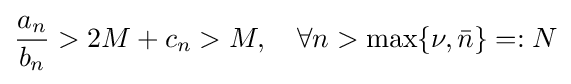
{\frac {a_{n}}{b_{n}}}>2M+c_{n}>M,\quad \forall n>\max\{\nu ,{\bar {n}}\}=:N